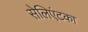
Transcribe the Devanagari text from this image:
सेलिएंटका